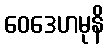
ဝေဒေဟမုနိ